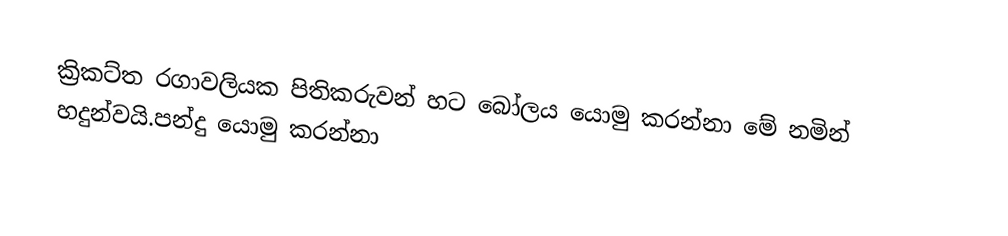
ක්‍රිකට්ත රගාවලියක පිතිකරුවන් හට බෝලය යොමු කරන්නා මේ නමින් හදුන්වයි.පන්දු යොමු කරන්නා